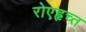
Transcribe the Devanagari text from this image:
रोएहृच्त